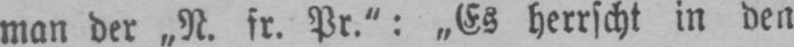
man der „N. fr. Pr.”: „Es herrscht in den